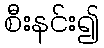
စီးနင်း၍